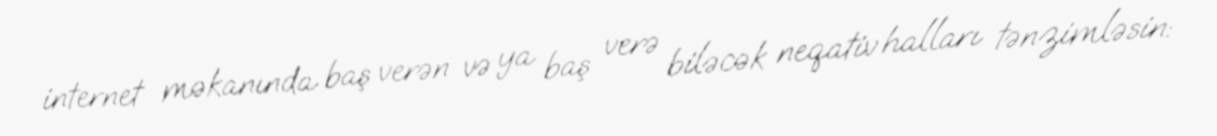
internet məkanında baş verən və ya baş verə biləcək neqativ halları tənzimləsin: